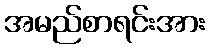
အမည်စာရင်းအား